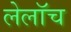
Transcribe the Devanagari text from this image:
लेलॉच